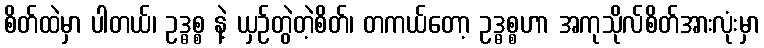
စိတ်ထဲမှာ ပါတယ်၊ ဥဒ္ဓစ္စ နဲ့ ယှဉ်တွဲတဲ့စိတ်၊ တကယ်တော့ ဥဒ္ဓစ္စဟာ အကုသိုလ်စိတ်အားလုံးမှာ